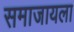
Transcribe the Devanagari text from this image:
समाजायला